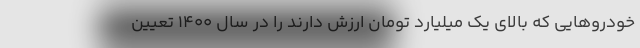
خودروهایی که بالای یک میلیارد تومان ارزش دارند را در سال ۱۴۰۰ تعیین